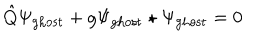
\hat { Q } \Psi _ { \mathrm { g h o s t } } + g \Psi _ { \mathrm { g h o s t } } \star \Psi _ { \mathrm { g h o s t } } = 0